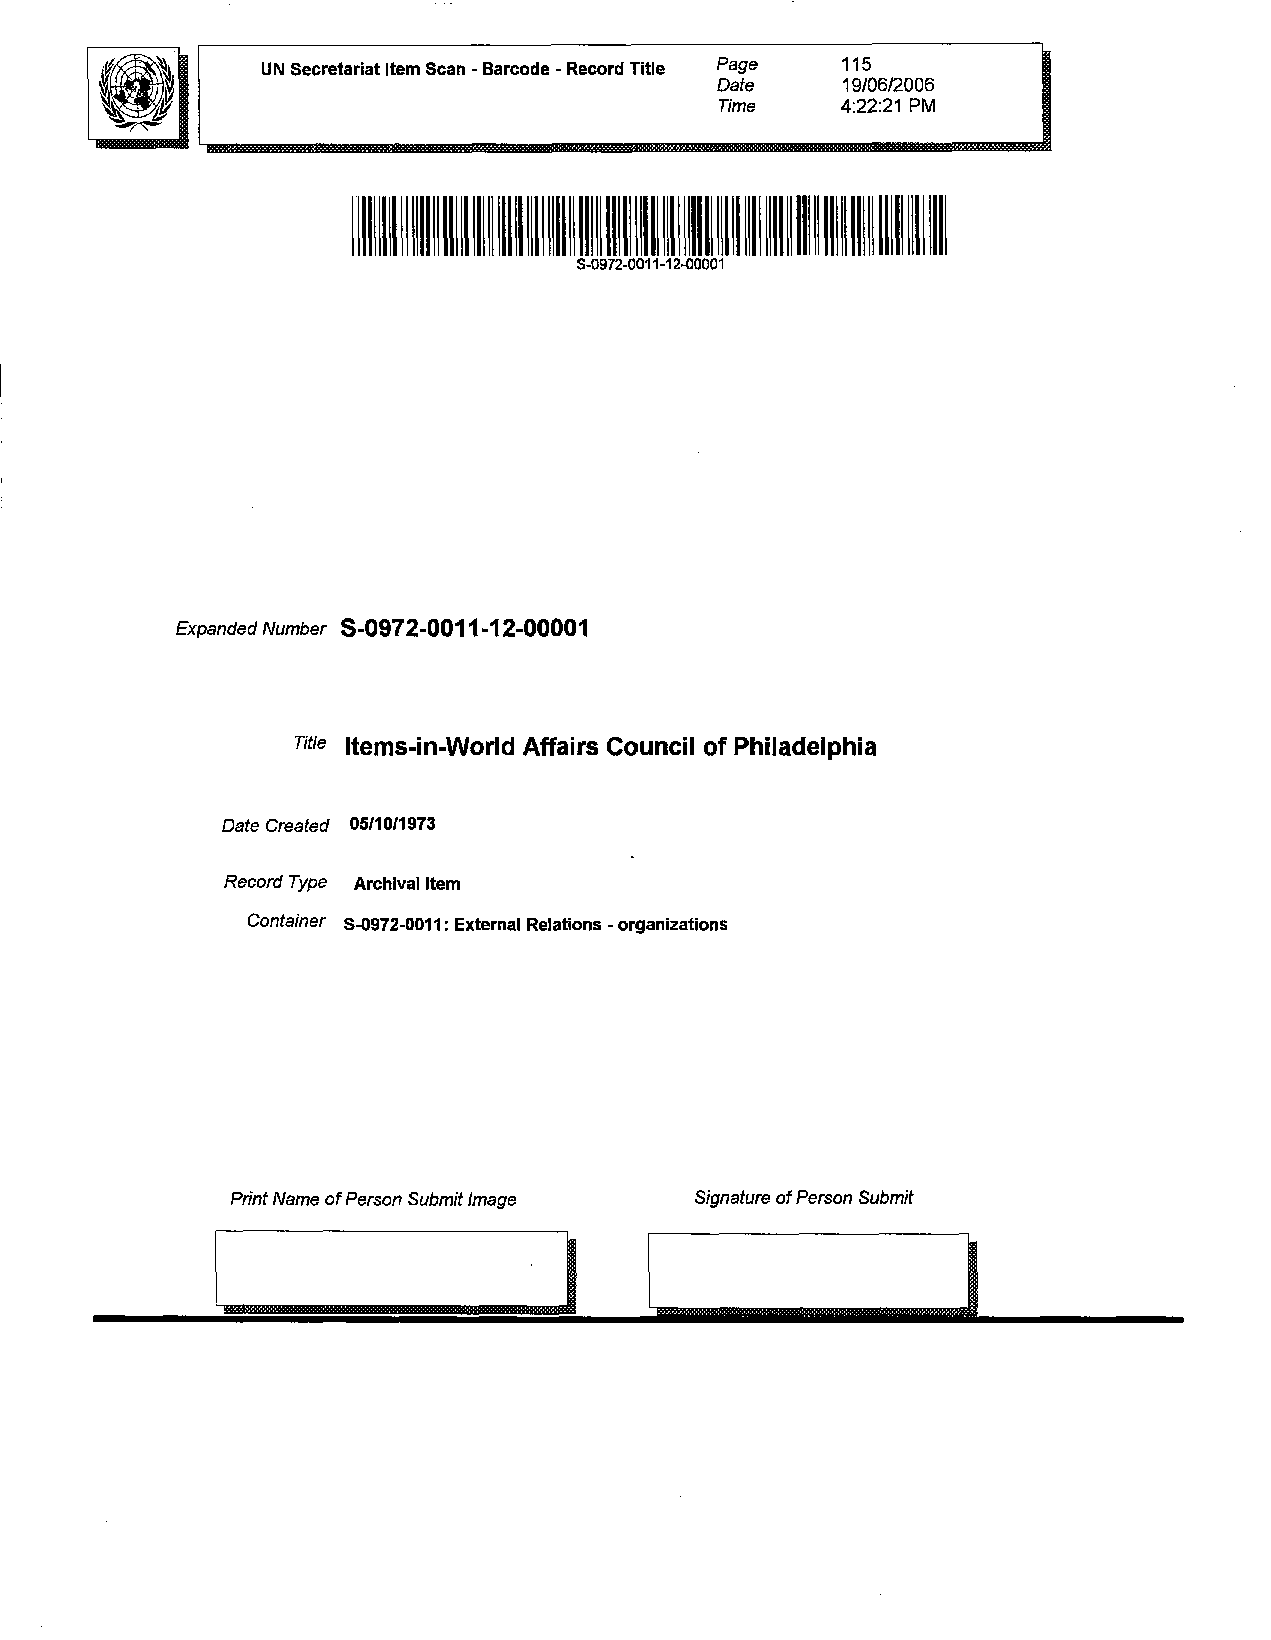
U N Secretariat Item Scan - Barcode - Record Title Pa9e 115
 Date     19/06/2006
 Time    4:22:21 PM
 S-0972-0011-12-00001
 Expanded Number S-0972-0011 -12-00001
 Title items-in-World Affairs Council of Philadelphia
 Date Created 05/10/1973
 Record Type Archival Item
 Container s-0972-0011: External Relations - organizations
 Print Name of Person Submit Image Signature of Person Submit